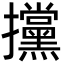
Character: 攩